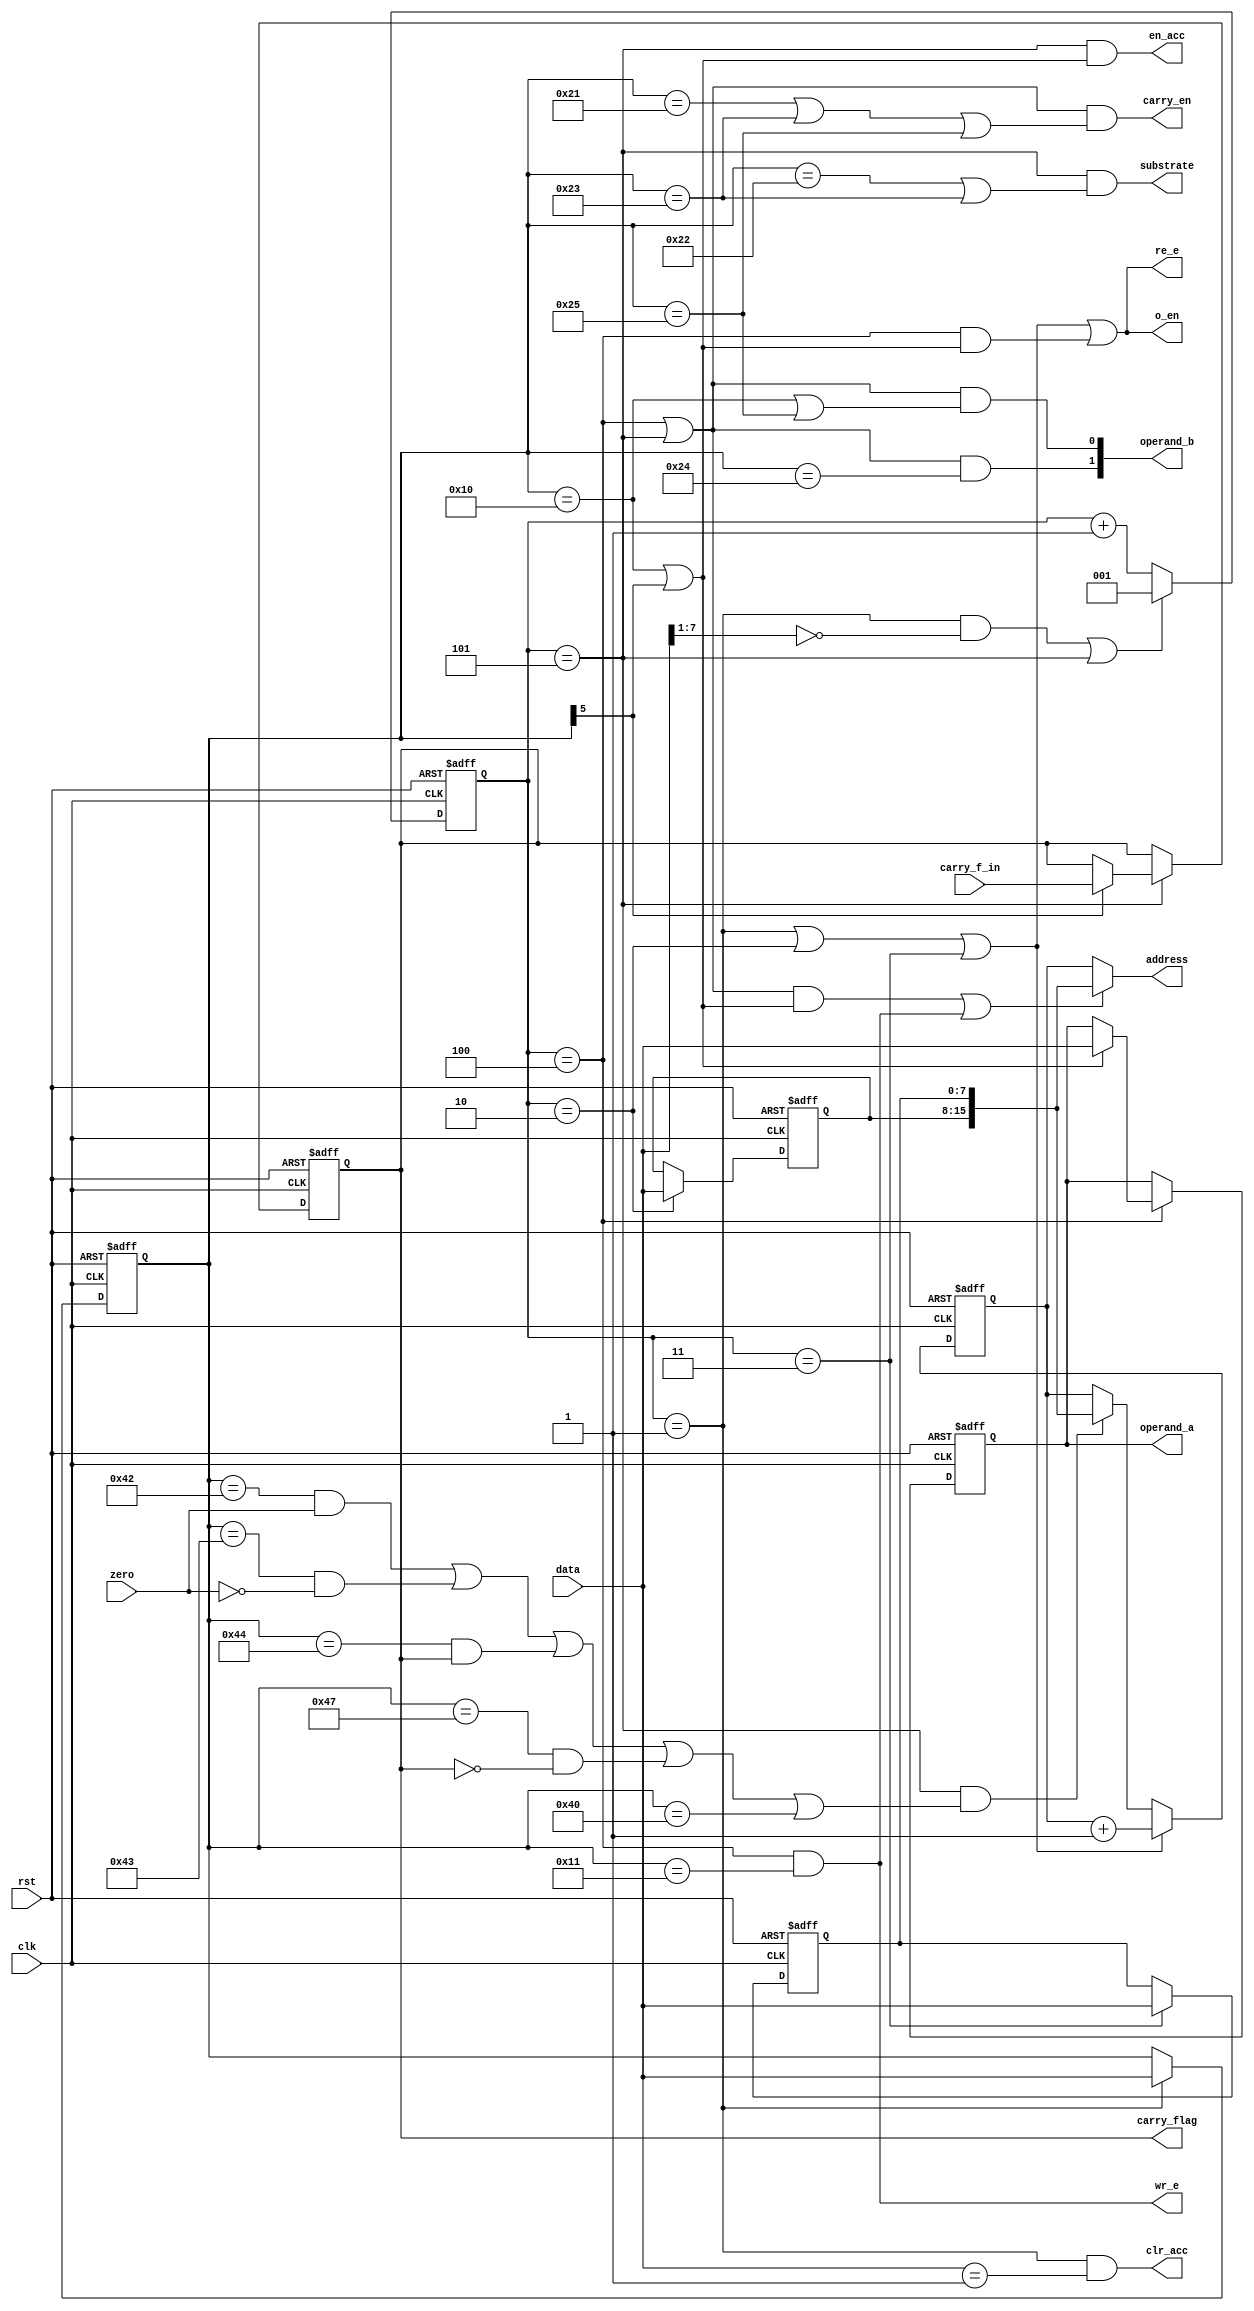
/////////////////////////////////////////////////////////////////////////////////////////////////////////////
//  CPU control FSM
//
//  Wrote   : 11 Jan 2019
//
/////////////////////////////////////////////////////////////////////////////////////////////////////////////

module cpu_fsm(
    wr_e,
    re_e,
    o_en,
    clk,
    rst,
    data,
    address,
    clr_acc,
    en_acc,
    operand_a,
    operand_b,
    carry_flag,
    carry_f_in,
    carry_en,
    substrate,
    zero
);

//  Input signals
input       [7:0]   data;
input               clk;
input               rst;
input               carry_f_in;
input               zero;

//  Output signals
output wire [15:0]  address;
output wire         wr_e;
output wire         re_e;
output wire         o_en;
output wire         clr_acc;
output reg  [7:0]   operand_a;
output wire         en_acc;
output wire [1:0]   operand_b;
output wire         carry_flag;
output wire         carry_en;
output wire         substrate;

//  System registers and wires
reg         [2:0]   state_counter;
reg         [7:0]   instr_reg;
reg         [7:0]   address_h_reg;
reg         [7:0]   address_l_reg;
reg         [15:0]  pc;
reg         [15:0]  sp;
reg                 carry;
wire        [2:0]   state;
wire                addr_source;
wire                pc_inc;
wire                rst_state;
wire                pc_rw;

// Instruction set
parameter  [7:0]   NOP = 8'b0000_0000;          // Do nothing.
parameter  [7:0]   NAC = 8'b0000_0001;          // Nullify accumulator.
parameter  [7:0]   LME = 8'b0001_0000;          // Load from memory in accumulator.
parameter  [7:0]   SME = 8'b0001_0001;          // Save in memory from accumulator.
parameter  [7:0]   SUM = 8'b0010_0000;          // Add value from memory with value in accumulator.
parameter  [7:0]   SMC = 8'b0010_0001;          // Add value from memory with value in accumulator with carry.
parameter  [7:0]   SUB = 8'b0010_0010;          // Subtract value from memory from value in accumulator.
parameter  [7:0]   SBB = 8'b0010_0011;          // Subtract value from memory from value in accumulator with borrow.
parameter  [7:0]   VAD = 8'b0010_0100;          // Save value from memory in accumulator with decrement.
parameter  [7:0]   VAI = 8'b0010_0101;          // Save value from memory in accumulator with increment.
parameter  [7:0]   JMP = 8'b0100_0000;          // Jump, unconditional branching.
parameter  [7:0]   JMZ = 8'b0100_0010;          // Jump if zero (last accumulator value).
parameter  [7:0]   JMC = 8'b0100_0100;          // Jump if carry (at last arithmetic operation).
parameter  [7:0]   JNZ = 8'b0100_0011;          // Jump if not zero (last accumulator value).
parameter  [7:0]   JNC = 8'b0100_0111;          // Jump if not carry (at last arithmetic operation).
parameter  [7:0]   FNH = 8'b1000_0000;          // Finish set state in 0, removed.

// FSM states
parameter  [3:0]  READ_M_1  = 3'b001;
parameter  [3:0]  READ_M_2  = 3'b010;
parameter  [3:0]  READ_M_3  = 3'b011;
parameter  [3:0]  DECODE    = 3'b100;
parameter  [3:0]  CONTROL   = 3'b101;
 
    //  Sequential instruction decoder.
    assign address      = (addr_source) ? {address_h_reg, address_l_reg} : pc;          //Set address at output from PC or from 2 and 3 registers, chose by addr_source sygnal.                       
    assign carry_flag   = carry;                                                        //Need for SMC and SBB instructions.
    assign rst_state    = ((state == READ_M_1 & !data[7:1]) || state == CONTROL);       //Reset state to 1 (at NOP and NAC instructions)
    assign state        = state_counter;
    assign substrate    = ((state == CONTROL) && (instr_reg == SUB || instr_reg == SBB));
    assign operand_b[1] = ((state == DECODE || state == CONTROL) && (instr_reg == VAD));                    // Need for decrement operation
    assign operand_b[0] = ((state == DECODE || state == CONTROL) && (instr_reg == LME || instr_reg == VAI));// Need for increment and LME, 'cos need write in empty accumulator and this signal sets 0 on adder's second input.
    assign carry_en     = ((state == DECODE || state == CONTROL) && (instr_reg == SMC || instr_reg == SBB || instr_reg == VAI)); // Enable carry_in input on the adder.
    assign wr_e         = (state == DECODE && instr_reg == SME);                                            //Enable writing in the memory, read and output must be in low state.
    assign re_e         = ((state == READ_M_1 || state == READ_M_2 || state == READ_M_3 || (state == DECODE && (instr_reg == LME || instr_reg[5]))));
    assign o_en         = re_e;
    assign addr_source  = (((state == DECODE || state == CONTROL) && (instr_reg == LME || instr_reg[5])) || (state == DECODE && instr_reg == SME));
    assign en_acc       = ((state == CONTROL && (instr_reg == LME || instr_reg[5] )));                      // Enable accumulator write, need fot arithmetic and LME.
    assign clr_acc      = (state == READ_M_1 && data == NAC);                                               // Clear accumulator, (For one cycle)         |
    assign pc_inc       = (state == READ_M_1 || state == READ_M_2 || state == READ_M_3);                    // Increment program counter (first 3 states) V - PC rewrite, need for branching.
    assign pc_rw        = (state == CONTROL && ((instr_reg == JMZ && zero) || (instr_reg == JNZ && !zero) || (instr_reg == JMC && carry) || (instr_reg == JNC && !carry)||(instr_reg == JMP)));

    // State counter (one clock for one state)
    always @ (posedge clk or posedge rst)
    begin   :   state_cntr
        if(rst) state_counter   <= 3'b001;
        else
            if(!rst_state)  state_counter <= state_counter + 1; 
            else            state_counter <= 3'b001;
    end

    // Program counter
    always @ (posedge clk or posedge rst)
    begin   :   Program_counter
        if(rst) pc   <= 16'b0000_0000_0000_0000;
        else if(pc_inc)  pc <= pc + 1;                              // Increment if normal operating mode.
        else if(pc_rw)   pc <= {address_h_reg, address_l_reg};      // Rewrite value if branching.
    end

    always @ (posedge clk or posedge rst)
    begin   :   OUTPUT_LOGIC
        if(rst)
        begin
            instr_reg       <= 8'b0000_0000;
            address_h_reg   <= 8'b0000_0000;
            address_l_reg   <= 8'b0000_0000;
            operand_a       <= 8'b0000_0000;
            sp              <= 16'b0000_0000_0000_0000;
            carry           <= 1'b0;
        end
    else
        case(state)
            READ_M_1    :   instr_reg       <= data;                                    // Read instruction.
            READ_M_2    :   address_h_reg   <= data;                                    // Read address MSB.
            READ_M_3    :   address_l_reg   <= data;                                    // Read address LSM.
            DECODE      :   if(instr_reg[5] || instr_reg == LME) operand_a <= data;     // Read variable if it need.
            CONTROL     :   if(instr_reg[5]) carry <= carry_f_in;                       // Save operation result in accumulator or on memory.
        endcase
    end
endmodule